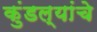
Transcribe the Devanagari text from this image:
कुंडल्यांचे